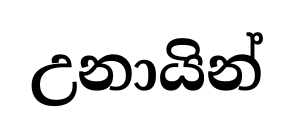
උනායින්